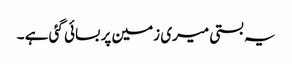
یہ بستی میری زمین پر بسائی گئی ہے ۔